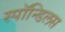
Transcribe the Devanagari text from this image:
स्पॉन्डिलस